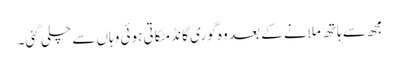
مجھ سے ہاتھ ملانے کے بعد وہ گوری گانڈ مٹکاتی ہوئی وہاں سے چلی گئی۔